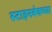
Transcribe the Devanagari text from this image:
स्टाइनबेकच्या